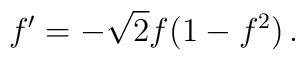
f^{\prime }=-\sqrt{2}f(1-f^{2})\,.